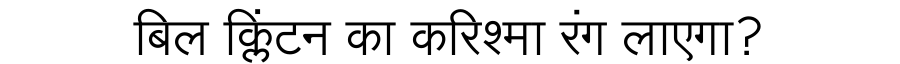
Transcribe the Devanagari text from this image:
बिल क्लिंटन का करिश्मा रंग लाएगा?